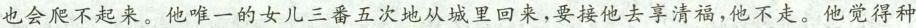
也会爬不起来。他唯一的女儿三番五次地从城里回来，要接他去享清福，他不走。他觉得种